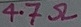
Text: 4.7Ω